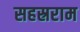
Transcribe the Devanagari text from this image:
सहस्रराम